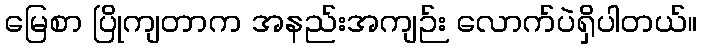
မြေစာ ပြိုကျတာက အနည်းအကျဉ်း လောက်ပဲရှိပါတယ်။